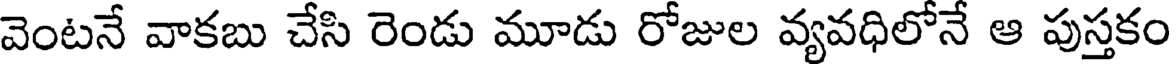
వెంటనే వాకబు చేసి రెండు మూడు రోజుల వ్యవధిలోనే ఆ పుస్తకం